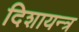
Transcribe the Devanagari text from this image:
दिशायन्त्र